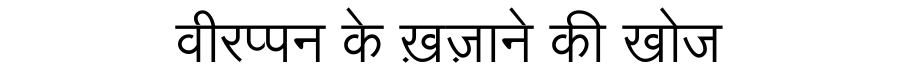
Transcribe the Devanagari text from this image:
वीरप्पन के ख़ज़ाने की खोज